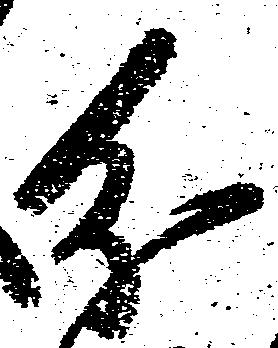
分